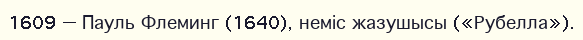
1609 — Пауль Флеминг (1640), неміс жазушысы («Рубелла»).